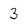
Character: 3